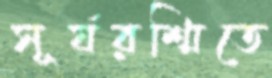
সূর্যরশ্মিতে